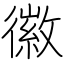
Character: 徽